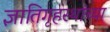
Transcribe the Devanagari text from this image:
ज्ञातिगृहस्थांच्या